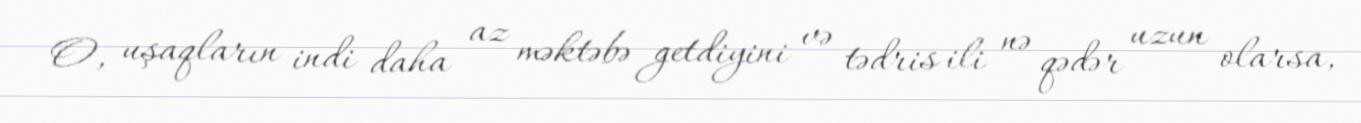
O, uşaqların indi daha az məktəbə getdiyini və tədris ili nə qədər uzun olarsa,